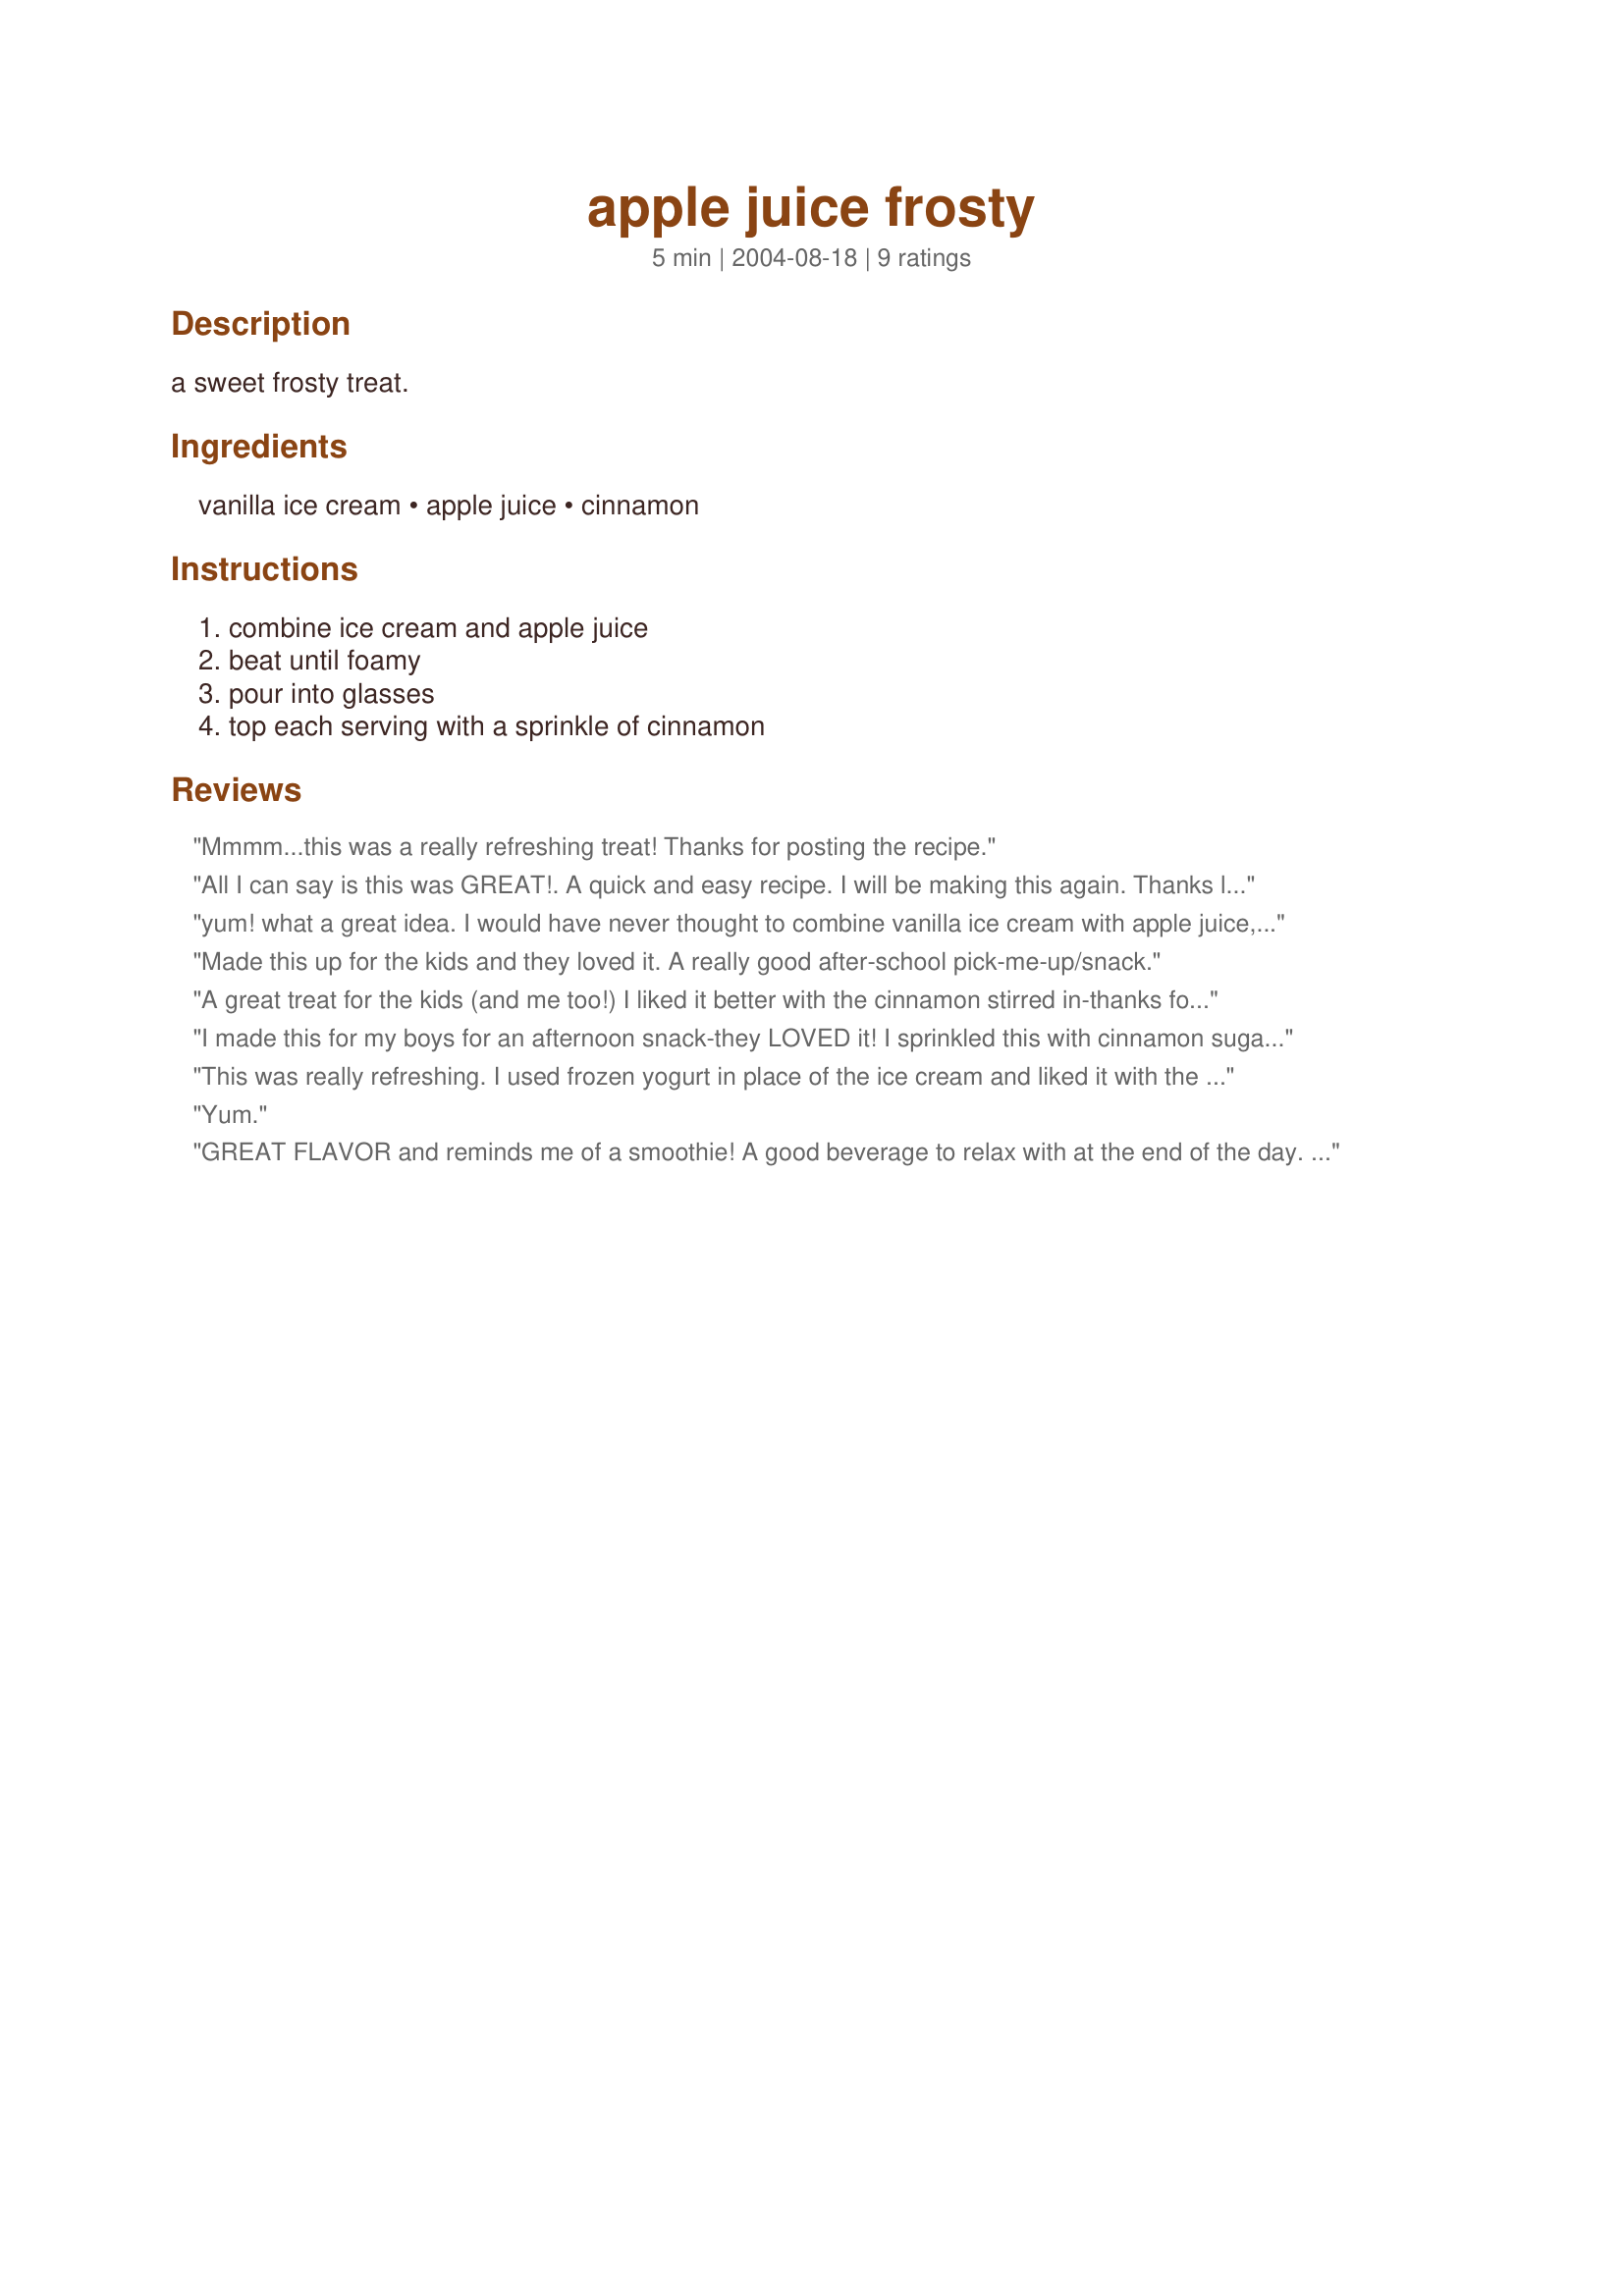
apple juice frosty
Preparation time: 5 minutes

a sweet frosty treat.

Ingredients:
vanilla ice cream, apple juice, cinnamon

Steps:
combine ice cream and apple juice, beat until foamy, pour into glasses, top each serving with a sprinkle of cinnamon

Reviews:
Mmmm...this was a really refreshing treat! Thanks for posting the recipe.
All I can say is this was GREAT!. A quick and easy recipe. I will be making this again.

Thanks littleturtle for your recipe.
yum! what a great idea. I would have never thought to combine vanilla ice cream with apple juice, but it totally works. the cinnamon is the perfect touch and really makes this recipe perfect-o! nice when you want a cold beverage with a fall flavor to it. will be making a lot of these! :) thanks for a keeper.
Made this up for the kids and they loved it. A really good after-school pick-me-up/snack.
A great treat for the kids (and me too!) I liked it better with the cinnamon stirred in-thanks for this yummy and easy recipe!
I made this for my boys for an afternoon snack-they LOVED it! I sprinkled this with cinnamon sugar instead of plain cinnamon.
This was really refreshing. I used frozen yogurt in place of the ice cream and liked it with the cinnamon stirred in as well. Thanks littleturtle!
Yum.
GREAT FLAVOR and reminds me of a smoothie! A good beverage to relax with at the end of the day. Easy preparation. Prepared as a participant in the Apple A Day Event in the Photo Forum...October 2009
